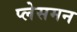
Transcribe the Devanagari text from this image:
प्लेसमन